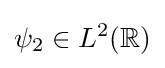
\psi _{2}\in L^{2}(\mathbb {R} )